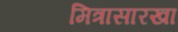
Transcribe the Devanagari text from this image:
मित्रासारखा